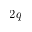
2 q